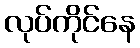
လုပ်ကိုင်နေ